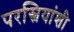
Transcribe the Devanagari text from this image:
परस्त्रियांशी